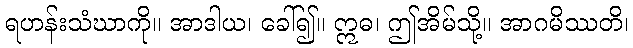
ရဟန်းသံဃာကို။ အာဒါယ၊ ခေါ်၍။ ဣဓ၊ ဤအိမ်သို့။ အာဂမိဿတိ၊